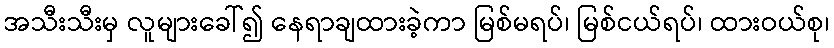
အသီးသီးမှ လူများခေါ်၍ နေရာချထားခဲ့ကာ မြစ်မရပ်၊ မြစ်ငယ်ရပ်၊ ထားဝယ်စု၊